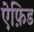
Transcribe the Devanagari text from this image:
ऐफ़िड